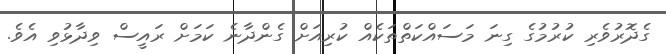
ގެދޮރުވެރި ކުރުމުގެ ގިނަ މަސައްކަތްތަކެއް ކުރިއަށް ގެންދާނެ ކަމަށް ރައީސް ވިދާޅުވި އެވެ.